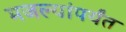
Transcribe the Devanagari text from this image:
मजल्यांपर्यंत